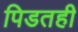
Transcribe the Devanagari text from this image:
पिडतही